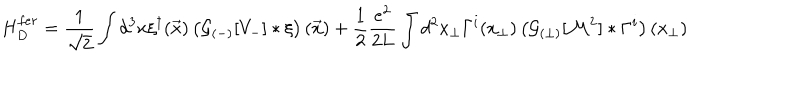
LaTeX: H _ { D } ^ { f e r } = \frac { 1 } { \sqrt { 2 } } \int d ^ { 3 } x \xi ^ { \dagger } ( \vec { x } ) \left( { \cal G } _ { ( - ) } [ V _ { - } ] \ast \xi \right) ( \vec { x } ) + \frac 1 2 \frac { e ^ { 2 } } { 2 L } \int d ^ { 2 } x _ { \perp } \Gamma ^ { i } ( x _ { \perp } ) \left( { \cal G } _ { ( \perp ) } [ { \cal M } ^ { 2 } ] \ast \Gamma ^ { i } \right) ( x _ { \perp } )